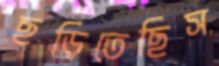
ছড়িতেছিস